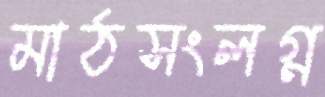
মাঠসংলগ্ন